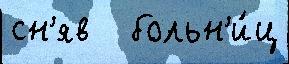
сн'яв   больн'и́ц